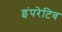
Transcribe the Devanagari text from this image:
इंपरेटिव